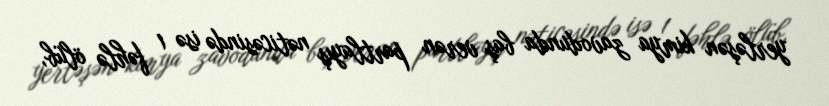
yerləşən kimya zavodunda baş verən partlayış nəticəsində isə 1 fəhlə ölüb,